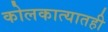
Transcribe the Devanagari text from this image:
कोलकात्यातही